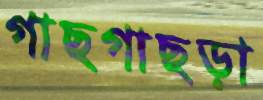
গাছগাছড়া